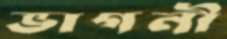
ভাগনী